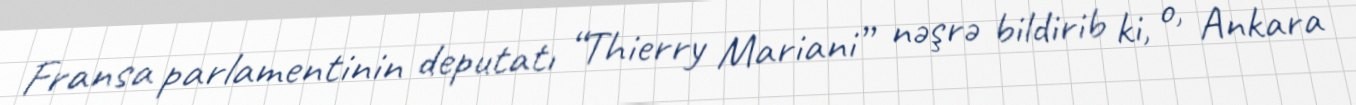
Fransa parlamentinin deputatı “Thierry Mariani” nəşrə bildirib ki, o, Ankara